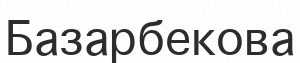
Базарбекова